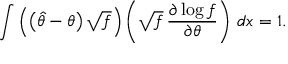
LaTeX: \int \left( \left( { \hat { \theta } } - \theta \right) { \sqrt { f } } \right) \left( { \sqrt { f } } \, { \frac { \partial \log f } { \partial \theta } } \right) \, d x = 1 .